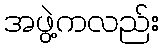
အဖွဲ့ကလည်း